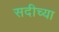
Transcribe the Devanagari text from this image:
सदीच्या